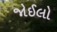
જોઈલો